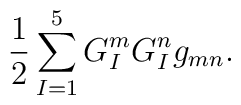
\frac{1}{2}\sum_{I=1}^5 G_I^m G_I^n g_{mn} .